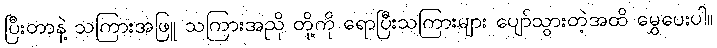
ပြီးတာနဲ့ သကြားအဖြူ သကြားအညို တို့ကို ရောပြီးသကြားများ ပျော်သွားတဲ့အထိ မွှေပေးပါ။